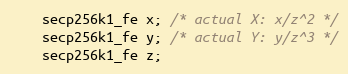
Language: C
    secp256k1_fe x; /* actual X: x/z^2 */
    secp256k1_fe y; /* actual Y: y/z^3 */
    secp256k1_fe z;